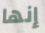
إنها